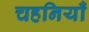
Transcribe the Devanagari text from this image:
चहनियाँ